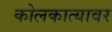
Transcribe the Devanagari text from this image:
कोलकात्यावर